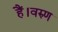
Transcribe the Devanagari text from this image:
हैं।वरुण